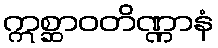
ဣစ္ဆာဝတိဏ္ဏာနံ